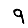
Digit: 9